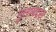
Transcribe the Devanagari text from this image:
मुलाबद्दल